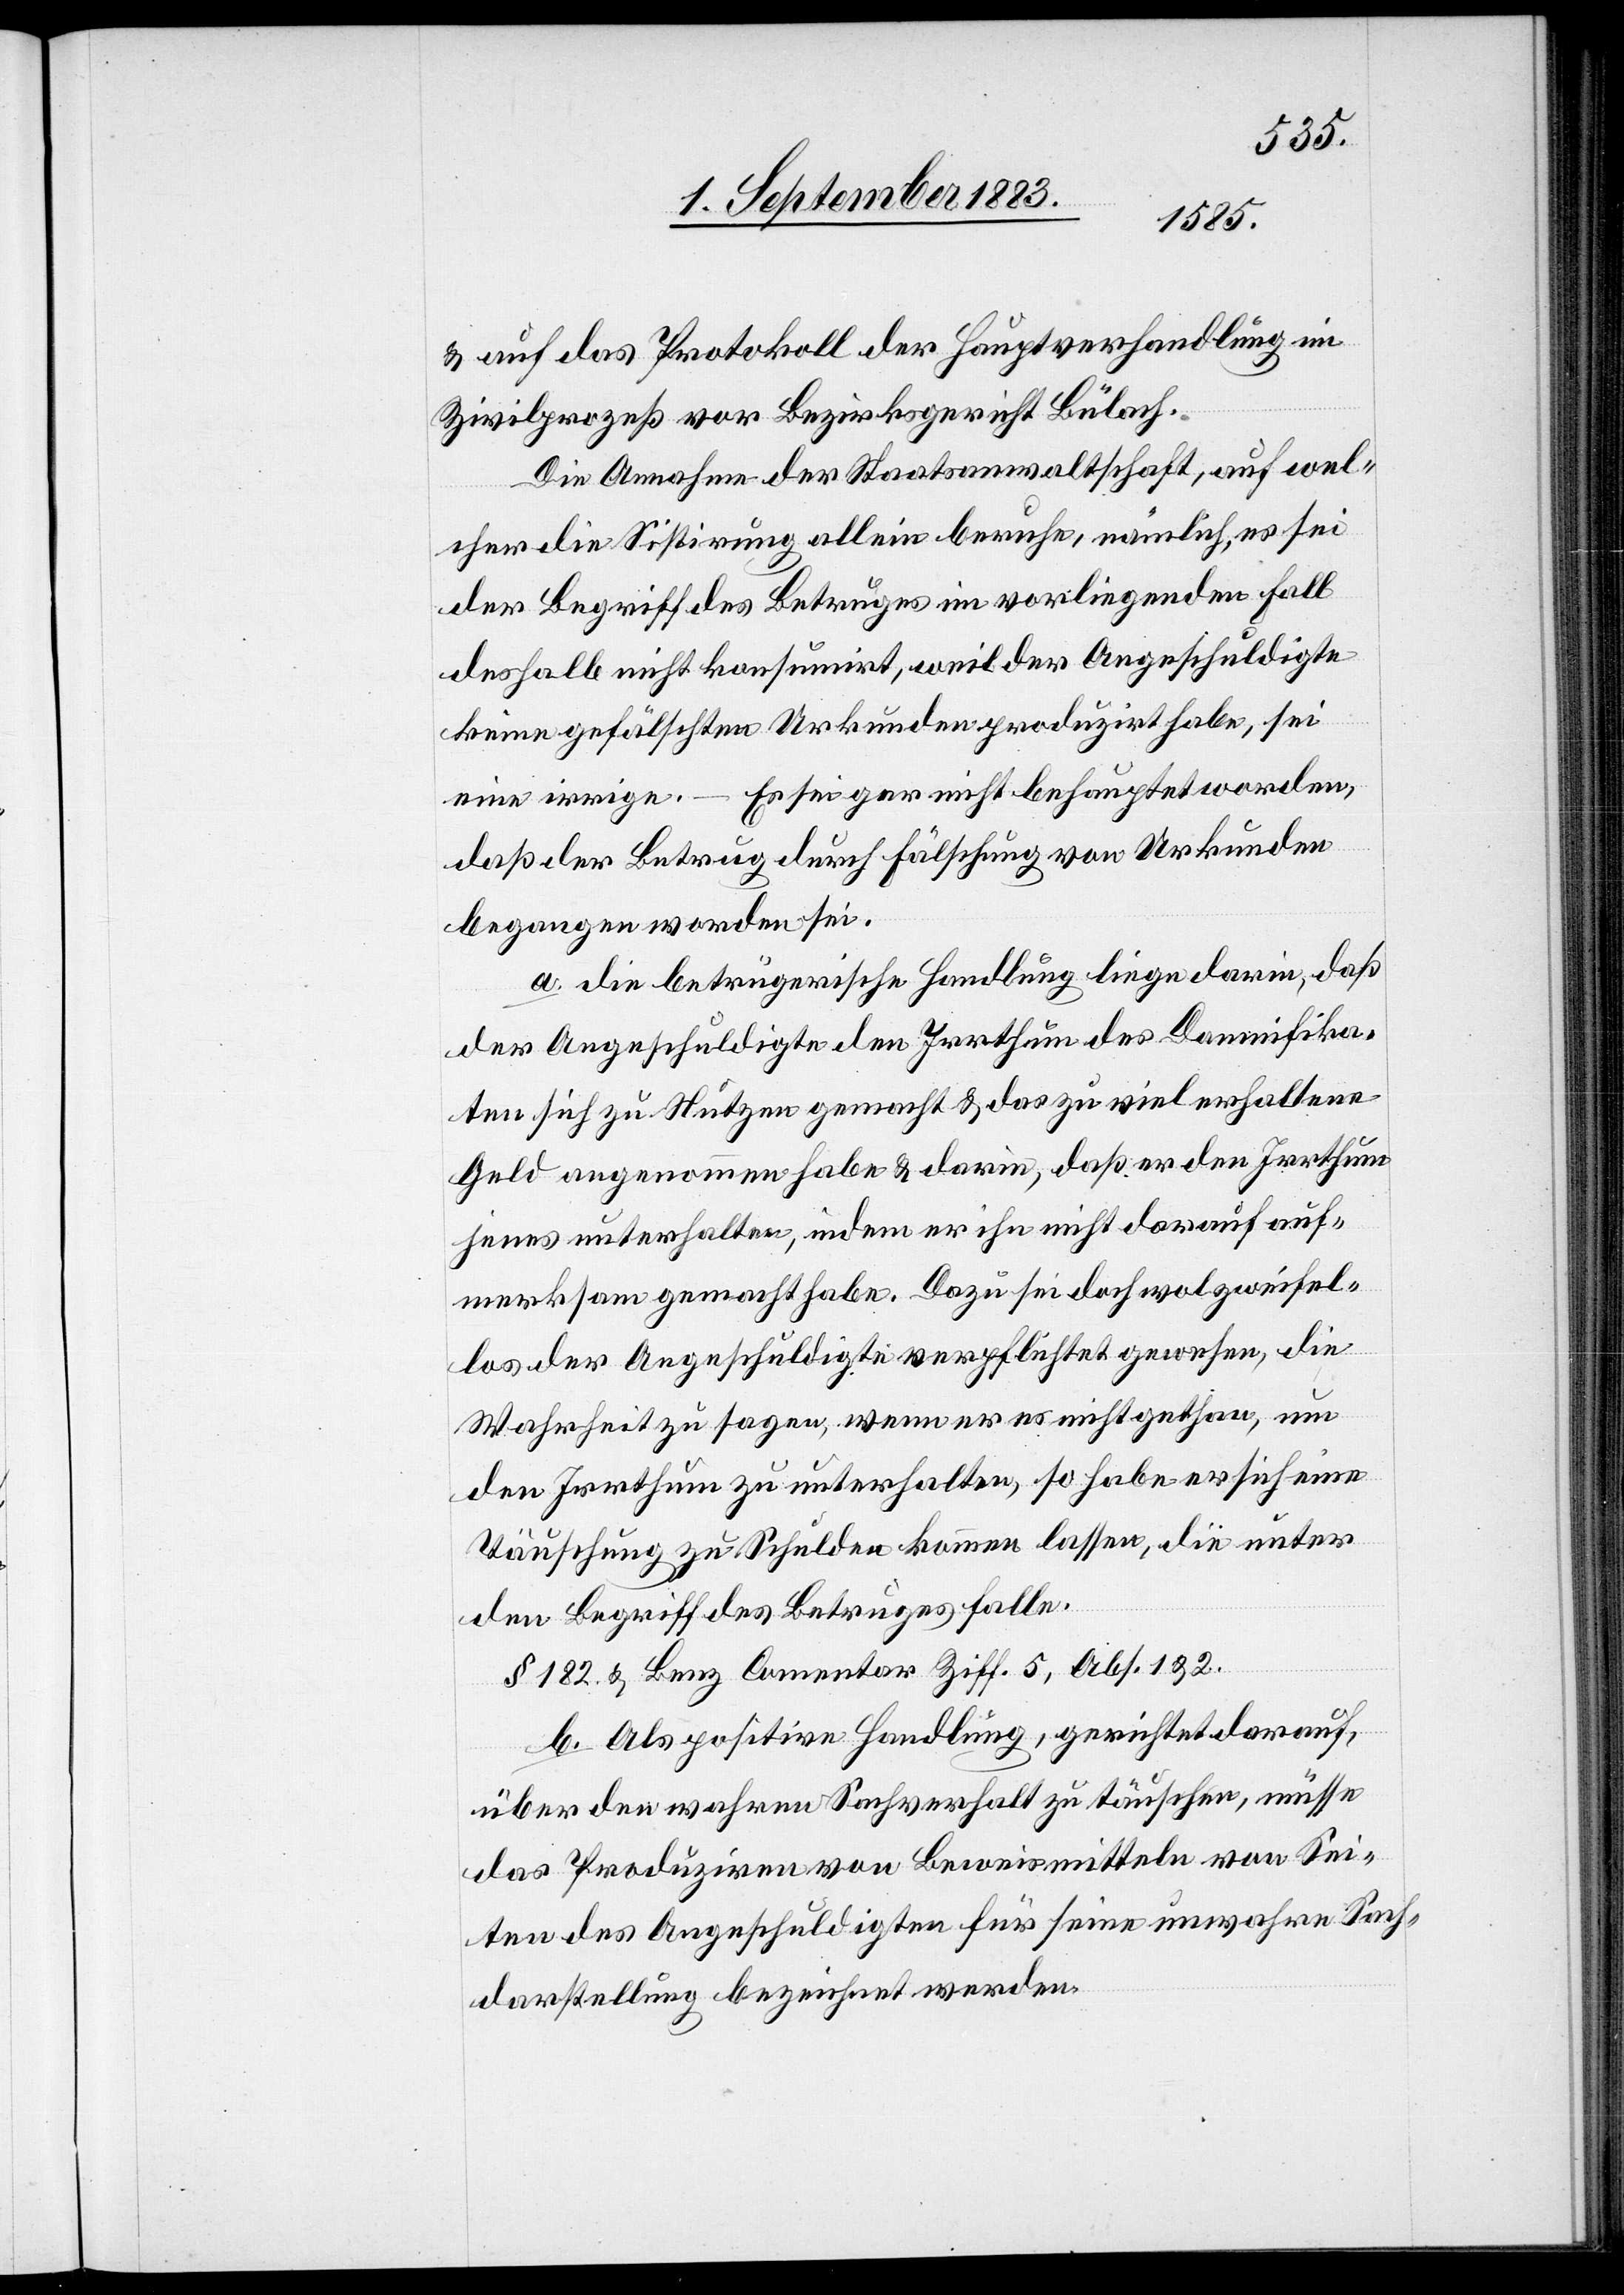
& auf das Protokoll der Hauptverhandlung im
Zivilprozeß vor Bezirksgericht Bülach.
Die Annahme der Staatsanwaltschaft, auf wel¬
cher die Sistirung allein beruhe, nämlich, es sei
der Begriff des Betruges im vorliegenden Fall
deshalb nicht konsumirt, weil der Angeschuldigte
keine gefälschten Urkunden produzirt habe, sei
eine irrige. – Es sei gar nicht behauptet worden,
daß der Betrug durch Fälschung von Urkunden
begangen worden sei.
a. Die betrügerische Handlung liege darin, daß
der Angeschuldigte den Irrthum des Damnifika¬
ten sich zu Nutzen gemacht & das zu viel erhaltene
Geld angenommen habe & darin, daß er den Irrthum
jenes unterhalten, indem er ihn nicht darauf auf¬
merksam gemacht habe. Dazu sei doch wol zweifel¬
los der Angeschuldigte verpflichtet gewesen, die
Wahrheit zu sagen, wenn er es nicht gethan, um
den Irrthum zu unterhalten, so habe er sich eine
Täuschung zu Schulden kommen lassen, die unter
den Begriff des Betruges falle.
§ 182 & Benz Comentar Ziff. 5, Abs. 1 & 2.
b. Als positive Handlung, gerichtet darauf,
über den wahren Sachverhalt zu täuschen, müsse
das Produziren von Beweismitteln von Sei¬
te des Angeschuldigten für seine unwahre Sach¬
darstellung bezeichnet werden.